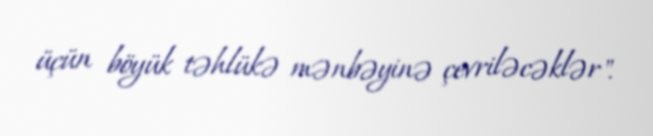
üçün böyük təhlükə mənbəyinə çevriləcəklər".